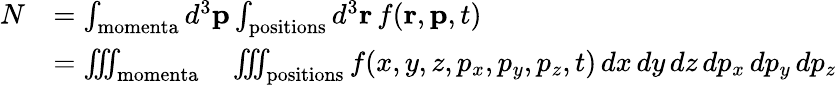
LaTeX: {\begin{array}{rl}{N}&{=\int_{\mathrm{momenta}}d^{3}\mathbf{p}\int_{\mathrm{positions}}d^{3}\mathbf{r}\, f(\mathbf{r},\mathbf{p},t)}\\ &{=\iiint_{\mathrm{momenta}}\quad\iiint_{\mathrm{positions}}f(x,y,z,p_{x},p_{y},p_{z},t)\, dx\, dy\, dz\, dp_{x}\, dp_{y}\, dp_{z}}\end{array}}